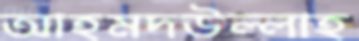
আহমদউল্লাহ